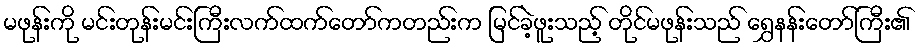
မဖုန်းကို မင်းတုန်းမင်းကြီးလက်ထက်တော်ကတည်းက မြင်ခဲ့ဖူးသည့် တိုင်မဖုန်းသည် ရွှေနန်းတော်ကြီး၏